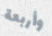
وأربعة